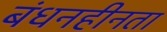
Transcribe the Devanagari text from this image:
बंधनहीनता